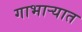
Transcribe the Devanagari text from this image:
गाभार्‍यात